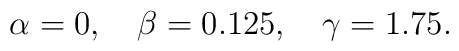
\alpha=0,\quad \beta=0.125,\quad \gamma=1.75.